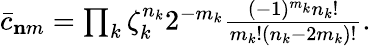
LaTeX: \begin{array}{r}{\bar{c}_{\mathbf nm}=\prod_{k}\zeta_{k}^{n_{k}}2^{-m_{k}}\frac{(-1)^{m_{k}}n_{k}!}{m_{k}!(n_{k}-2m_{k})!}.}\end{array}